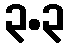
၃.၃